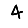
Digit: 4